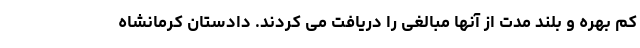
کم بهره و بلند مدت از آنها مبالغی را دریافت می کردند. دادستان کرمانشاه